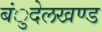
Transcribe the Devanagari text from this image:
बंुदेलखण्ड